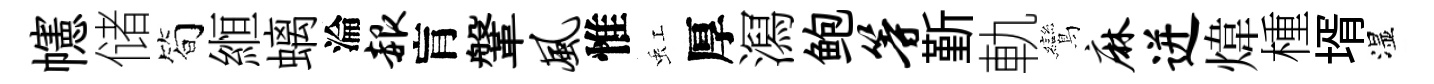
幰储筍縆螭淪赧肓鞶风惟虹厚㵼鲍等斳軌鸞麻迸煒㮔壻湿